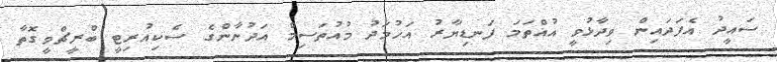
ސައީދު އެފަދައިން ވިދާޅުވީ އުއްތަަމަ ފަނޑިޔާރު އަހުމަދު މުއުތަސިމް އަދުނާންގެ ސެކިއުރިޓީ ބްރީޗްވީގޮތާ